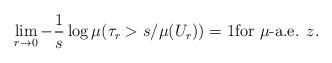
LaTeX: \begin{align*}\lim_{r \to 0} - \frac{1}{s}\log \mu(\tau_r > s/\mu(U_r)) = 1 \mbox{for $\mu$-a.e. $z$} .\end{align*}